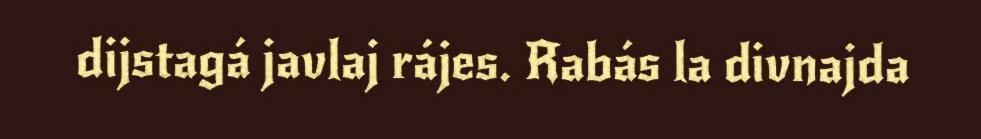
dijstagá javlaj rájes. Rabás la divnajda